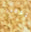
بتدمير